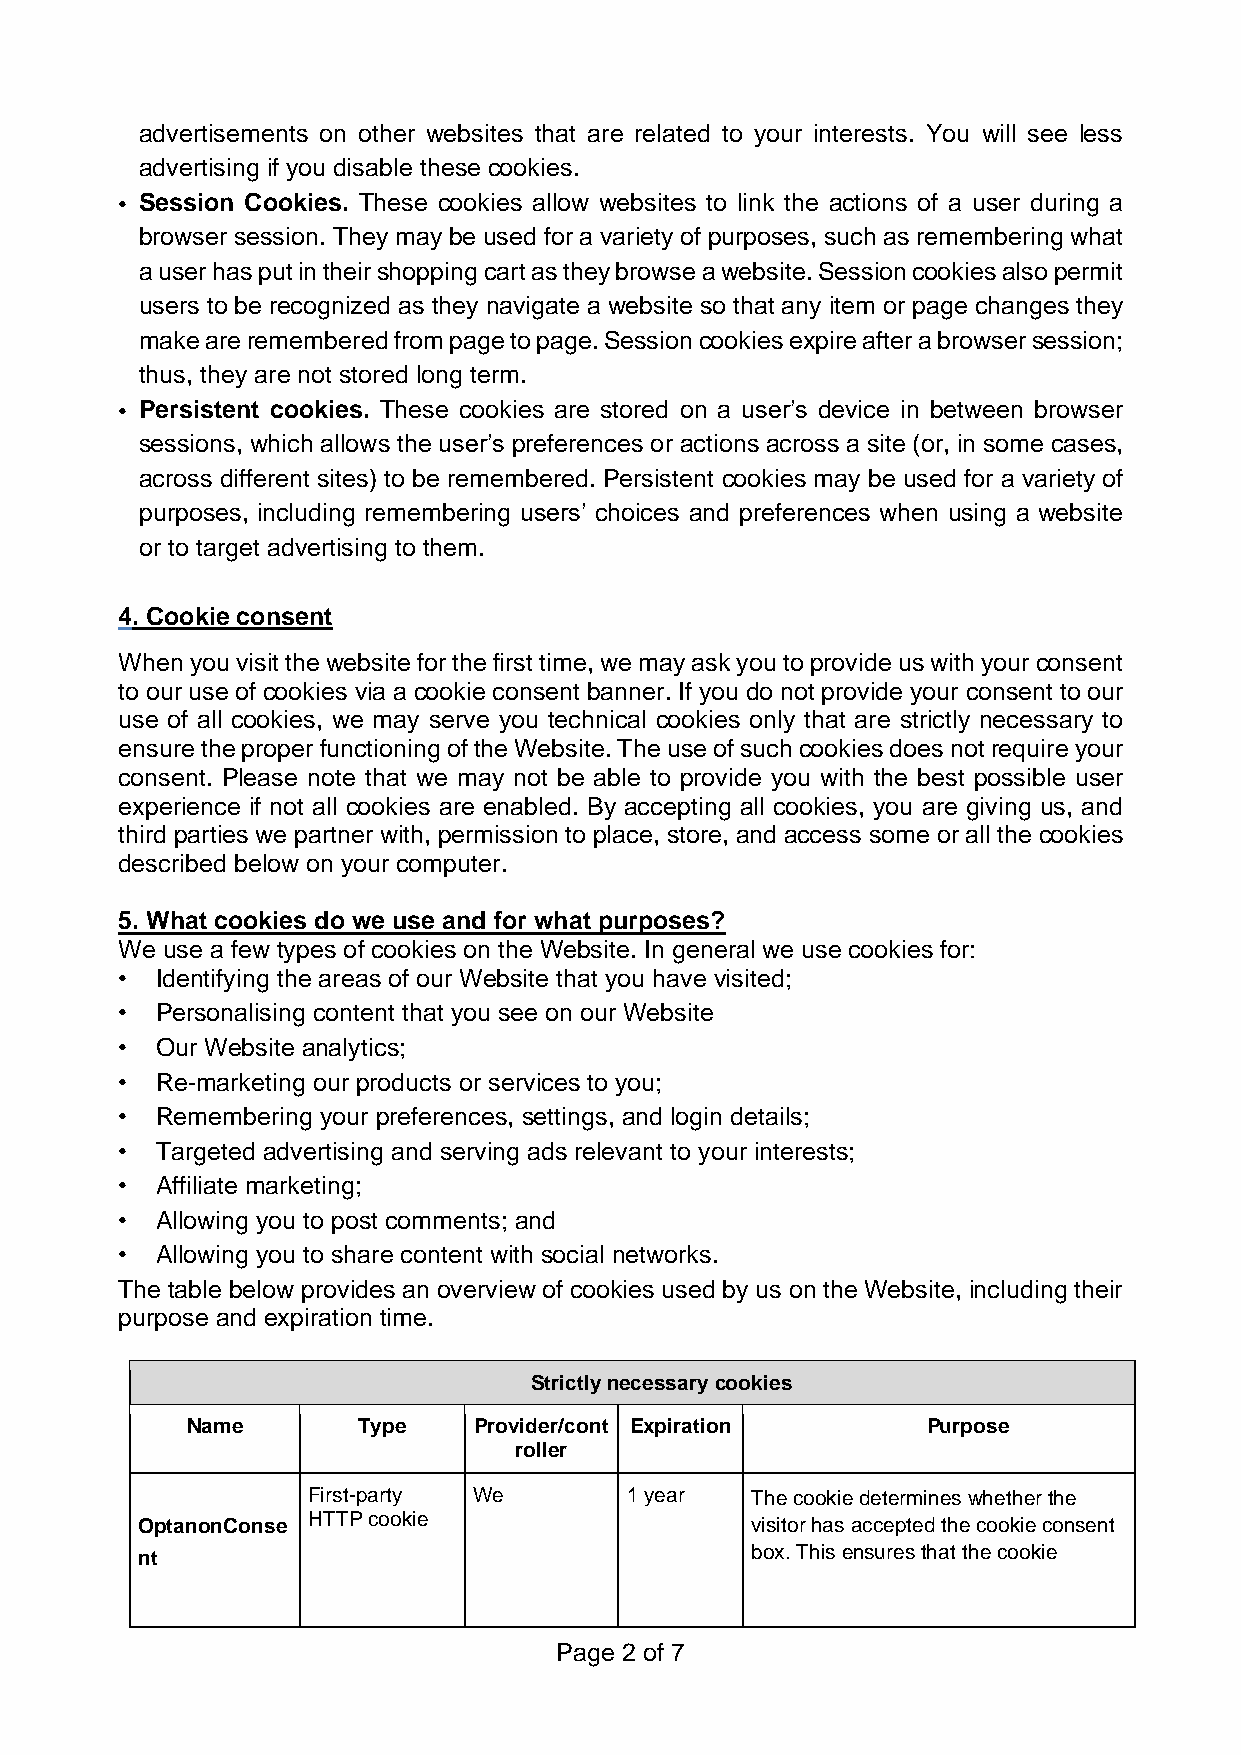
advertisements on other websites that are related to your interests. You will see less
 advertising if you disable these cookies.
 • Session Cookies. These cookies allow websites to link the actions of a user during a
 browser session. They may be used for a variety of purposes, such as remembering what
 a user has put in their shopping cart as they browse a website. Session cookies also permit
 users to be recognized as they navigate a website so that any item or page changes they
 make are remembered from page to page. Session cookies expire after a browser session;
 thus, they are not stored long term.
 • Persistent cookies. These cookies are stored on a user’s device in between browser
 sessions, which allows the user’s preferences or actions across a site (or, in some cases,
 across different sites) to be remembered. Persistent cookies may be used for a variety of
 purposes, including remembering users’ choices and preferences when using a website
 or to target advertising to them.
 4. Cookie consent
 When you visit the website for the first time, we may ask you to provide us with your consent
 to our use of cookies via a cookie consent banner. If you do not provide your consent to our
 use of all cookies, we may serve you technical cookies only that are strictly necessary to
 ensure the proper functioning of the Website. The use of such cookies does not require your
 consent. Please note that we may not be able to provide you with the best possible user
 experience if not all cookies are enabled. By accepting all cookies, you are giving us, and
 third parties we partner with, permission to place, store, and access some or all the cookies
 described below on your computer.
 5. What cookies do we use and for what purposes?
 We use a few types of cookies on the Website. In general we use cookies for:
 • Identifying the areas of our Website that you have visited;
 • Personalising content that you see on our Website
 • Our Website analytics;
 • Re-marketing our products or services to you;
 • Remembering your preferences, settings, and login details;
 • Targeted advertising and serving ads relevant to your interests;
 • Affiliate marketing;
 • Allowing you to post comments; and
 • Allowing you to share content with social networks.
 The table below provides an overview of cookies used by us on the Website, including their
 purpose and expiration time.
 Strictly necessary cookies
 Name        Type   Provider/cont Expiration      Purpose
 roller
 First-party We       1 year   The cookie determines whether the
 OptanonConse HTTP cookie                 visitor has accepted the cookie consent
 nt                                       box. This ensures that the cookie
 Page 2 of 7